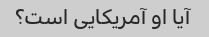
آیا او آمریکایی است؟